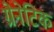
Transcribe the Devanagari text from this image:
ग्रेनेटिक